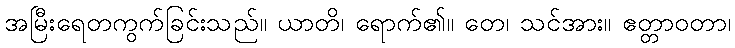
အမြီးရေတကွက်ခြင်းသည်။ ယာတိ၊ ရောက်၏။ တေ၊ သင်အား။ ဧတ္တာဝတာ၊